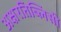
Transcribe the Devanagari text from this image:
अक्षरतिब्लिसी